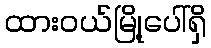
ထားဝယ်မြို့ပေါ်ရှိ